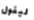
ليقول